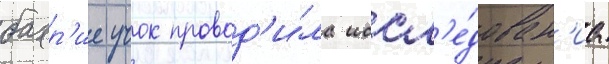
бахр'ие учок провод'и́ла иссл'е́дован'иа